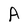
Character: A